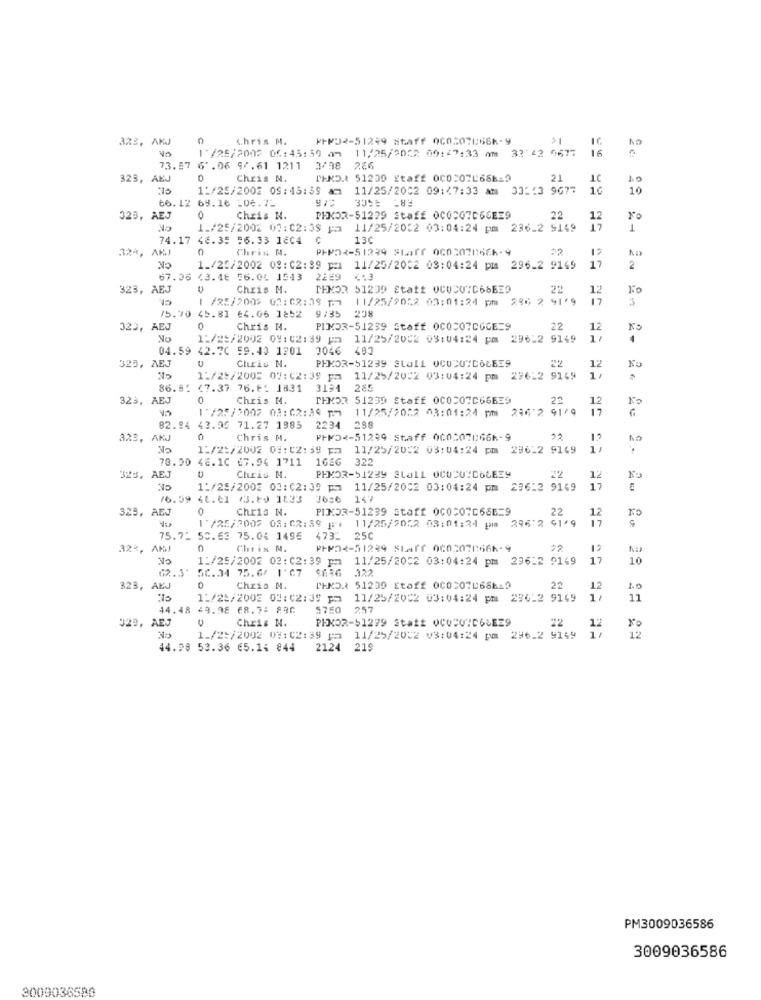
3%3, AKJ
0
Chris M.
⑈⑈32-51299 8687f 060507866-9
-
16
1 /25/2002 05:45:39 am 11/25/2052 09:47:33 Am 32 42 0677
73.87 6' .06 9/.61 1211 3/08
323, AEJ
0
Chris N.
TEND.1 51239 Staff 000:07L688-9
21
10
11/25/2002 09:43:39 am 11/25/2002 09:47:33 am 33:13 9677
16
10
66.12 68.16 -06.7-
323, AEJ
0
Chris N.
PEKOR-51299 Staff 0COCO7D66EE9
22
12
1./25/2002 02:02:39 pa 11/25/2032 03:04:24 pm 236.2 9149
17
1
74.17 46.35 56.33 16C4
13℃
324, AKJ
Chris N.
PHP21-51239 2har 0c020766-9
17
No
1_/25/2002 02:02:39 pm 11/25/2002 03:04:24 pm 296_2 9169
2.
67.36 43.46 56.04 1543 2219
4.3
323, AEJ
Chris N.
MEMOR 51239 Staff OCUCUID68E39
22
1
1 /85/200> 02: 02:39 1.7
11/25/9052 03:01:24 pm
290 2 91-9
17
3
75.70 45.81 64.06 1252
9/35
32), AEJ
0
Chris N.
PIMDR-51239 Staff 0COCO7CGCE=9
22
12
1:/25/2002 09: 02:39 pm 11/25/2002 09:04:24 pm 296-2 9149
4
04.59 42.70 59.40 1201
3046
401
, AEJ
Chris N.
PHKOR-51239 Stall OCU20"COLE39
22
12
11/25/2005 07:02:39 pm 11/25/2002 03:04:24 pm 276-2 9169
86.81 47.37 76.6: 1831
3194 285
, AEJ
0
Chris M.
TEMOR 51239 Staff 0COCO7C66EE9
22
12
1'/25/2002 03:02:34 1: 11/25/2022 03:01:24 pm
286'2 91/9
82.94 43.99 71.27 1985
2234 298
323, AKJ
Chris N.
PHP52-51239 Staff 000507066-9
1.2
1:/2:/2002 01:02:39 pm 11/25/2022 03:04:24 pm 286-2 9169
1/
70.20
46. 1C 67.94 1711
16EG 322
325, AEJ
CK
Chris N.
PHKOR-51239 SLA11 0CUCU"C66E39
22
12
1:/25/2002 03:02:39 pm 11/25/2002 03:04:24 pm 236:2 9149
17
16.59 48.61 /3.80 1633
3036 147
325, AEJ
0
Chris N.
PINOR-51239 Staff 0C0207666=9
22
FO
11/25/2022 03:01:34 pm 396'2 4179
12
1 /25/2002 03:02:39 |*
75.72 50.63 75.04 1496
4732
25C
. AMJ
0
Chris N.
⑈FOR-51239 Staff 0c02078666-9
22
1:/25/2002 02:02:39 pm 11/25/2002 03:04:24 pm 296:2 9149
17
10
(2.3' 50.34 75.6/ 1'07
122
323, AEJ
0
Chris N.
PEND.2 51209 Etaff 000507L66619
22
12
10
11/25/2002 03:02:39 pm
11/25/2002 03:04:24 pm 286-2 9149
1.
11
44.48 49.98 68.7: 880
5750 257
329, AEJ
Chris N.
PEKOR-51279 Statt QCOCUID6LEE9
12
12
1_/25/2002 09:02:39 pa 11/25/2002 03:04:24 pm 296-2 9149
44.98 53.36 65.14 844
2124 219
PM3009036586
3009036586
3009036580